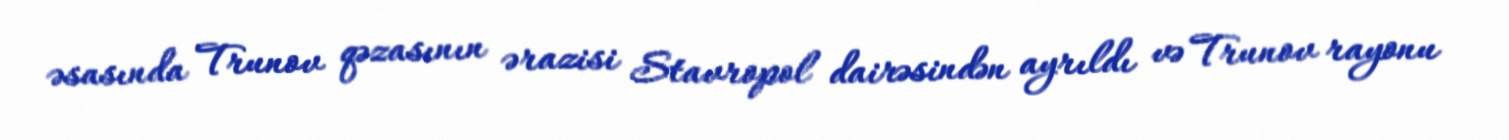
əsasında Trunov qəzasının ərazisi Stavropol dairəsindən ayrıldı və Trunov rayonu